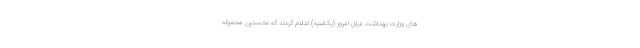
های وزارت بهداشت عراق امروز (یکشنبه) اعلام کردند که نخستین محموله